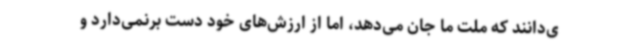
ی‌دانند که ملت ما جان می‌دهد، اما از ارزش‌های خود دست برنمی‌دارد و